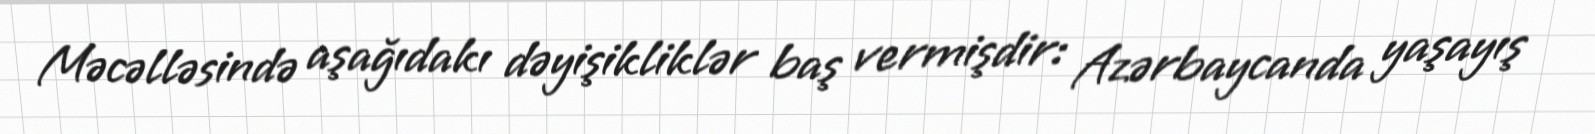
Məcəlləsində aşağıdakı dəyişikliklər baş vermişdir: Azərbaycanda yaşayış